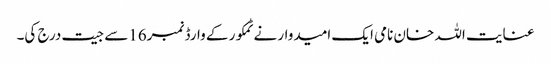
عنایت اللہ خان نامی ایک امیدوار نے ٹمکور کے وارڈ نمبر16سے جیت درج کی۔